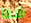
شفا